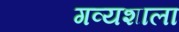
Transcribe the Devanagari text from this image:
गव्यशाला